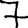
Digit: 7